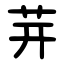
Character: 茾